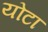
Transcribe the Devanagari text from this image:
योटा